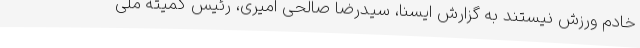
خادم ورزش نیستند به گزارش ایسنا، سیدرضا صالحی امیری، رئیس کمیته ملی